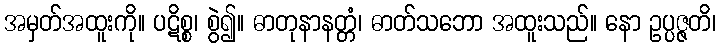
အမှတ်အထူးကို။ ပဋိစ္စ၊ စွဲ၍။ ဓာတုနာနတ္တံ၊ ဓာတ်သဘော အထူးသည်။ နော ဥပ္ပဇ္ဇတိ၊